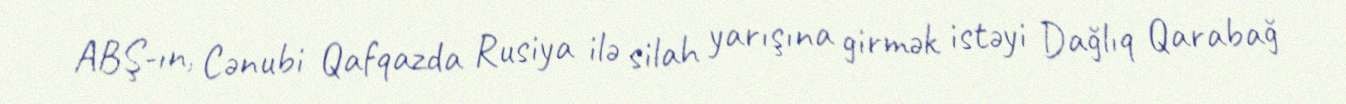
ABŞ-ın, Cənubi Qafqazda Rusiya ilə silah yarışına girmək istəyi Dağlıq Qarabağ